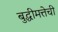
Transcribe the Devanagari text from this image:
बुद्धीमत्तेची